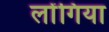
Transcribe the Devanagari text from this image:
लोंगिया